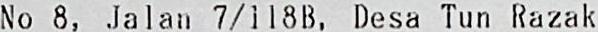
NO 8, JALAN 7/118B, DESA TUN RAZAK